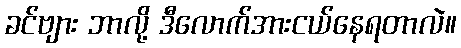
ခင်ဗျား ဘာလို့ ဒီလောက်အားငယ်နေရတာလဲ။